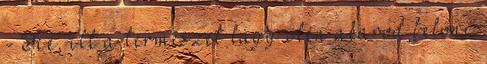
- Hé, itt a természet lágy ölén akarod belőni